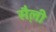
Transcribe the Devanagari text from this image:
सैल़ी